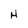
Character: H